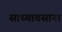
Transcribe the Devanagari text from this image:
साध्यावसाना